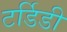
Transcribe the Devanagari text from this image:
टर्डिडी